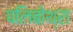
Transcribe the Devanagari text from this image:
पलिबोथ्रा